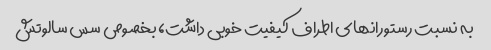
به نسبت رستورانهای اطراف کیفیت خوبی داشت، بخصوص سس سالوتش